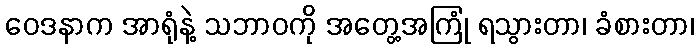
ဝေဒနာက အာရုံနဲ့ သဘာဝကို အတွေ့အကြုံ ရသွားတာ၊ ခံစားတာ၊